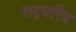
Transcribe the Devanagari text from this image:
सद्चरित्र